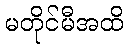
မတိုင်မီအထိ